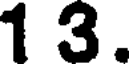
1 3.